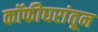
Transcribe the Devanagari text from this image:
कॉफीघरांतून